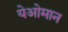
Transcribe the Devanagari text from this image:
येओमान